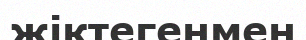
жіктегенмен